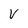
Character: V